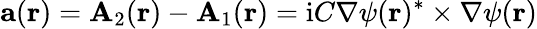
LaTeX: \mathbf{a}(\mathbf{r})=\mathbf{A}_{2}(\mathbf{r})-\mathbf{A}_{1}(\mathbf{r})=\mathrm{i}C\nabla\psi(\mathbf{r})^{*}\times\nabla\psi(\mathbf{r})